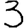
Digit: 3